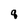
Character: q